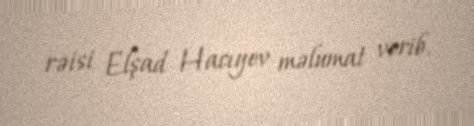
rəisi Elşad Hacıyev məlumat verib.